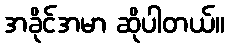
အခိုင်အမာ ဆိုပါတယ်။